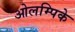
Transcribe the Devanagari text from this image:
ओलम्पिके